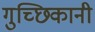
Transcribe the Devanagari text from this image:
गुच्छिकानी